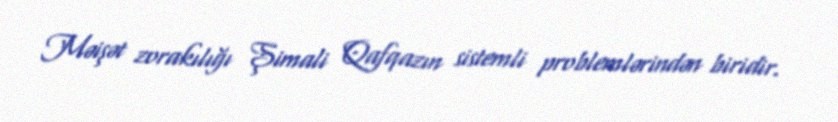
Məişət zorakılığı Şimali Qafqazın sistemli problemlərindən biridir.